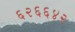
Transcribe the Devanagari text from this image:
६२६६४२